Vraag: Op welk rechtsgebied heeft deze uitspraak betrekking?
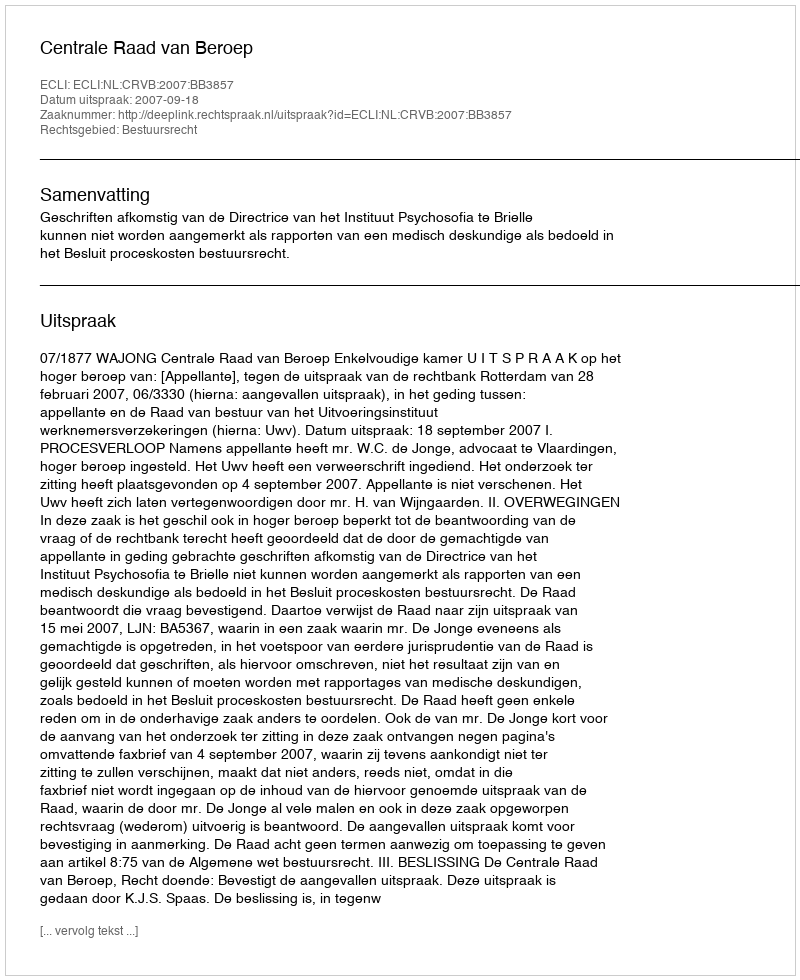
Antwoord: Bestuursrecht